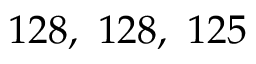
1 2 8 , \ 1 2 8 , \ 1 2 5